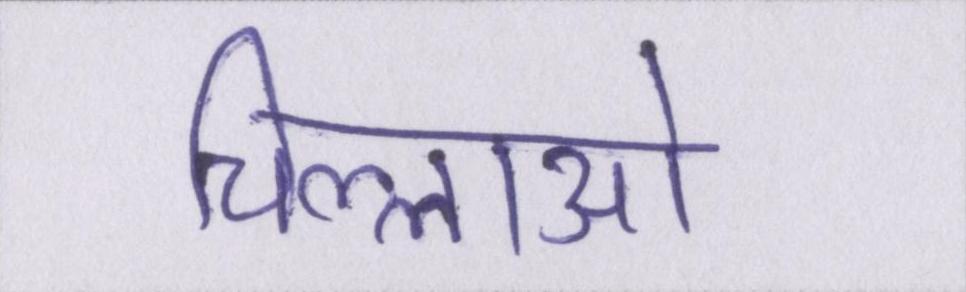
चिल्लाओ